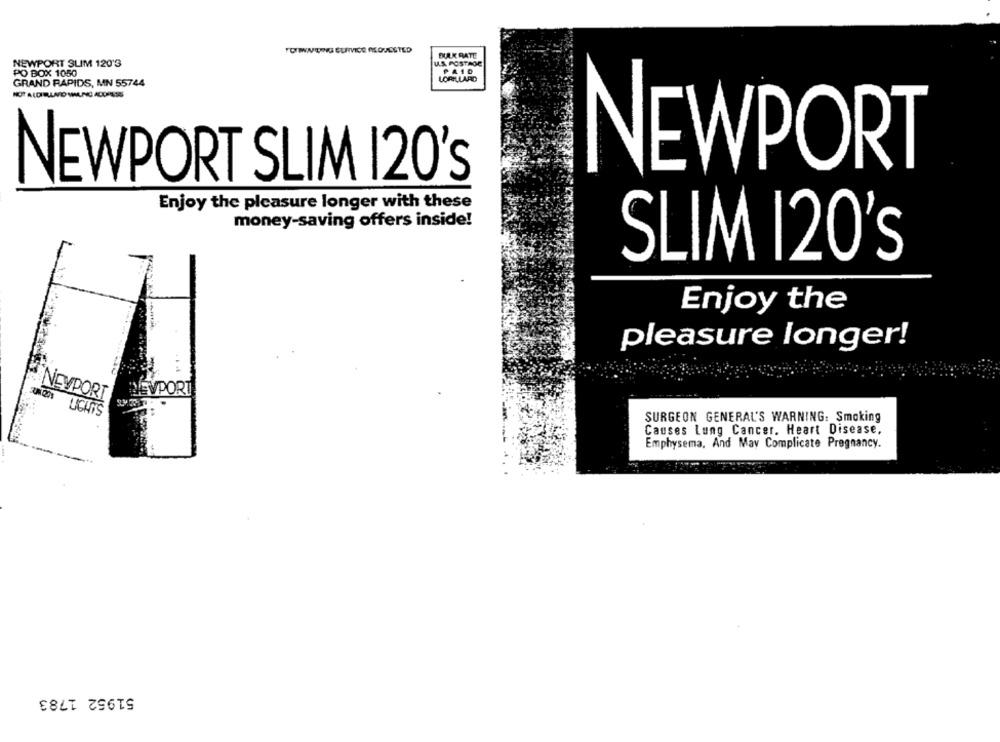
BULK RATE
NEWPORT SUM 120'3
U.S. POSTAGE
PO BOX 1050
PAID
LORILLARD
GRAND RAPIDS, MN 55744
NOT ALDIBULARD MIAUNG ADDRESS
NEWPORT
NEWPORT SLIM 120's
Enjoy the pleasure longer with these
money-saving offers inside!
SLIM 120's
Enjoy the
pleasure longer!
. ..
WEVPORT
NEVPORT
LICHOS
SURGEON GENERAL'S WARNING: Smoking
Causes Lung Cancer. Heart Disease,
Emphysema, And May Complicate Pregnancy.
51952 1783